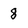
Character: 8